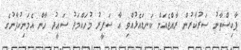
ޕާކިސްތާނު ސަރުކާރުން ރާއްޖެއަށް ކަނޑައެޅުއްވި އާ ސަފީރު މުހައްމަދު ސަޢީދު ޚާން އެމަނިކުފާނުގެ